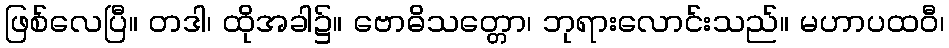
ဖြစ်လေပြီ။ တဒါ၊ ထိုအခါ၌။ ဗောဓိသတ္တော၊ ဘုရားလောင်းသည်။ မဟာပထဝီ၊